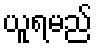
ယူရမည်